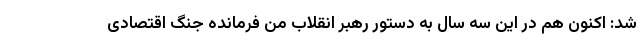
شد: اکنون هم در این سه سال به دستور رهبر انقلاب من فرمانده جنگ اقتصادی